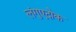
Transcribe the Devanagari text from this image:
लंगुएदोक